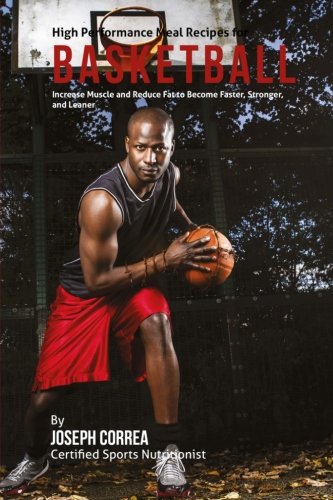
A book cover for High Performance Meal Recipes for Basketball: Increase Muscle and Reduce Fat to Become Faster, Stronger, and Leaner; Joseph Correa (Certified Sports Nutritionist); Sports & Outdoors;